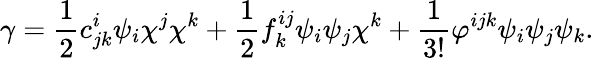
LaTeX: \gamma=\frac{1}{2}c_{jk}^{i}\psi_{i}\chi^{j}\chi^{k}+\frac{1}{2}f_{k}^{ij}\psi_{i}\psi_{j}\chi^{k}+\frac{1}{3!}\varphi^{ijk}\psi_{i}\psi_{j}\psi_{k}.